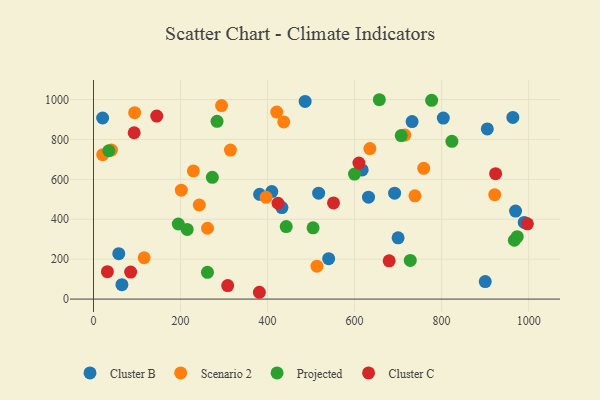
{"axis": {"x": "Experience", "y": "Sales"}, "legend": ["Cluster B", "Cluster C", "Projected", "Scenario 2"], "data": [{"x": "486.4", "y": 990.7, "type": "Cluster B"}, {"x": "900.3", "y": 87.6, "type": "Cluster B"}, {"x": "963.7", "y": 910.4, "type": "Cluster B"}, {"x": "409.8", "y": 538.7, "type": "Cluster B"}, {"x": "969.9", "y": 440.8, "type": "Cluster B"}, {"x": "700.0", "y": 307.0, "type": "Cluster B"}, {"x": "381.8", "y": 525.1, "type": "Cluster B"}, {"x": "65.3", "y": 72.2, "type": "Cluster B"}, {"x": "989.9", "y": 384.2, "type": "Cluster B"}, {"x": "433.0", "y": 458.5, "type": "Cluster B"}, {"x": "692.0", "y": 530.7, "type": "Cluster B"}, {"x": "732.2", "y": 889.4, "type": "Cluster B"}, {"x": "632.0", "y": 510.5, "type": "Cluster B"}, {"x": "58.1", "y": 227.7, "type": "Cluster B"}, {"x": "21.0", "y": 907.4, "type": "Cluster B"}, {"x": "905.0", "y": 852.8, "type": "Cluster B"}, {"x": "803.9", "y": 907.0, "type": "Cluster B"}, {"x": "540.4", "y": 202.3, "type": "Cluster B"}, {"x": "517.4", "y": 530.6, "type": "Cluster B"}, {"x": "617.5", "y": 647.4, "type": "Cluster B"}, {"x": "229.6", "y": 642.5, "type": "Scenario 2"}, {"x": "294.3", "y": 969.6, "type": "Scenario 2"}, {"x": "21.2", "y": 723.5, "type": "Scenario 2"}, {"x": "94.6", "y": 934.2, "type": "Scenario 2"}, {"x": "116.5", "y": 207.2, "type": "Scenario 2"}, {"x": "396.7", "y": 510.2, "type": "Scenario 2"}, {"x": "635.2", "y": 754.3, "type": "Scenario 2"}, {"x": "738.7", "y": 517.3, "type": "Scenario 2"}, {"x": "41.2", "y": 746.9, "type": "Scenario 2"}, {"x": "437.3", "y": 887.8, "type": "Scenario 2"}, {"x": "421.2", "y": 937.2, "type": "Scenario 2"}, {"x": "243.1", "y": 471.4, "type": "Scenario 2"}, {"x": "262.0", "y": 354.9, "type": "Scenario 2"}, {"x": "314.7", "y": 746.6, "type": "Scenario 2"}, {"x": "201.9", "y": 545.8, "type": "Scenario 2"}, {"x": "922.1", "y": 523.3, "type": "Scenario 2"}, {"x": "513.6", "y": 165.1, "type": "Scenario 2"}, {"x": "758.9", "y": 655.1, "type": "Scenario 2"}, {"x": "715.4", "y": 821.7, "type": "Scenario 2"}, {"x": "823.6", "y": 790.5, "type": "Projected"}, {"x": "777.1", "y": 996.0, "type": "Projected"}, {"x": "728.0", "y": 193.9, "type": "Projected"}, {"x": "442.9", "y": 363.2, "type": "Projected"}, {"x": "35.2", "y": 743.4, "type": "Projected"}, {"x": "194.9", "y": 376.3, "type": "Projected"}, {"x": "707.2", "y": 819.6, "type": "Projected"}, {"x": "261.9", "y": 134.2, "type": "Projected"}, {"x": "283.9", "y": 891.0, "type": "Projected"}, {"x": "967.2", "y": 294.8, "type": "Projected"}, {"x": "656.9", "y": 999.1, "type": "Projected"}, {"x": "215.3", "y": 349.3, "type": "Projected"}, {"x": "973.8", "y": 312.6, "type": "Projected"}, {"x": "599.8", "y": 626.7, "type": "Projected"}, {"x": "504.6", "y": 357.3, "type": "Projected"}, {"x": "273.1", "y": 610.2, "type": "Projected"}, {"x": "32.0", "y": 137.4, "type": "Cluster C"}, {"x": "93.5", "y": 833.5, "type": "Cluster C"}, {"x": "85.4", "y": 135.4, "type": "Cluster C"}, {"x": "551.6", "y": 481.8, "type": "Cluster C"}, {"x": "424.1", "y": 480.2, "type": "Cluster C"}, {"x": "381.2", "y": 34.1, "type": "Cluster C"}, {"x": "308.4", "y": 67.6, "type": "Cluster C"}, {"x": "679.5", "y": 191.7, "type": "Cluster C"}, {"x": "997.1", "y": 377.4, "type": "Cluster C"}, {"x": "610.0", "y": 681.8, "type": "Cluster C"}, {"x": "145.4", "y": 917.0, "type": "Cluster C"}, {"x": "924.1", "y": 628.6, "type": "Cluster C"}]}